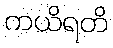
ကယိရတိ